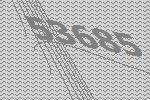
53685